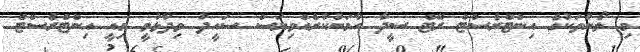
މި ލޯނުތަކުގެ އިންޓްރެސްޓް ރޭޓް ސީދާ ހާމަނުކުރެއްވިޔަސް ސައީދު ވިދާޅުވީ މިއީ އިންޓްރެސްޓް